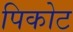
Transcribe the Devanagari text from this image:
पिकोट